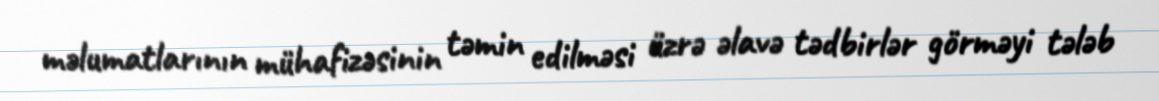
məlumatlarının mühafizəsinin təmin edilməsi üzrə əlavə tədbirlər görməyi tələb